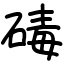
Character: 碡